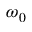
\omega _ { 0 }